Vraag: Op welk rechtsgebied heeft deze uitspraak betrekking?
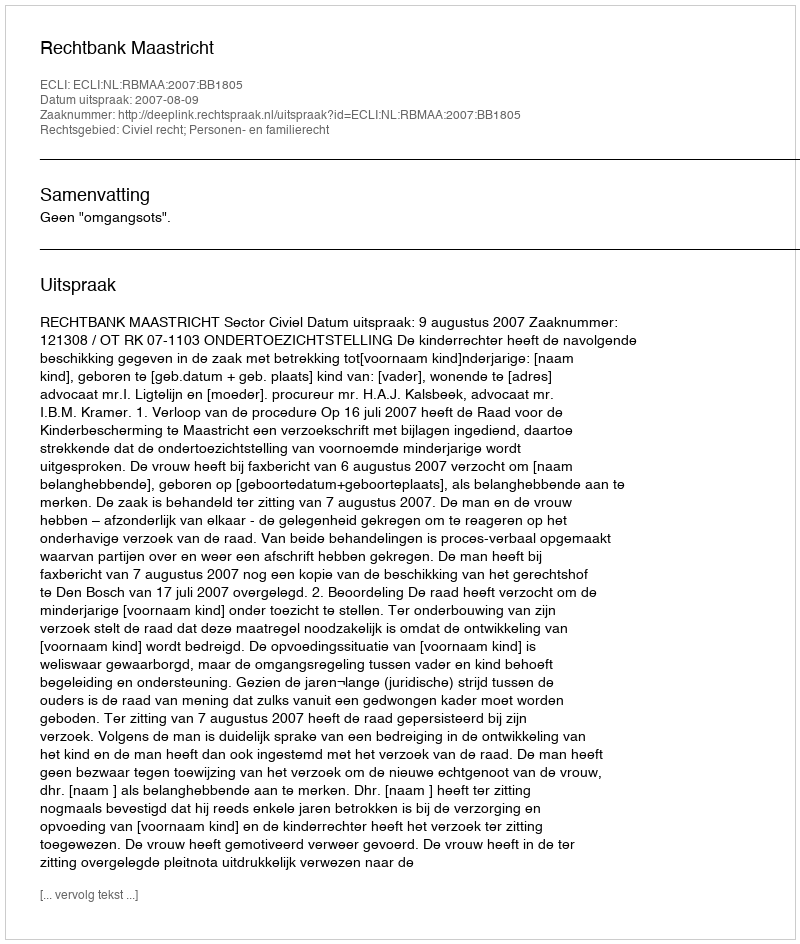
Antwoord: Civiel recht; Personen- en familierecht